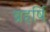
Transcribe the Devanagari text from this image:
ब्रहर्षि